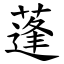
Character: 蓬